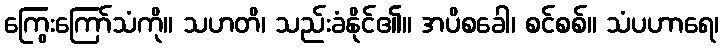
ကြွေးကြော်သံကို။ သဟတိ၊ သည်းခံနိုင်၏။ အပိစခေါ၊ စင်စစ်။ သံပဟာရေ၊